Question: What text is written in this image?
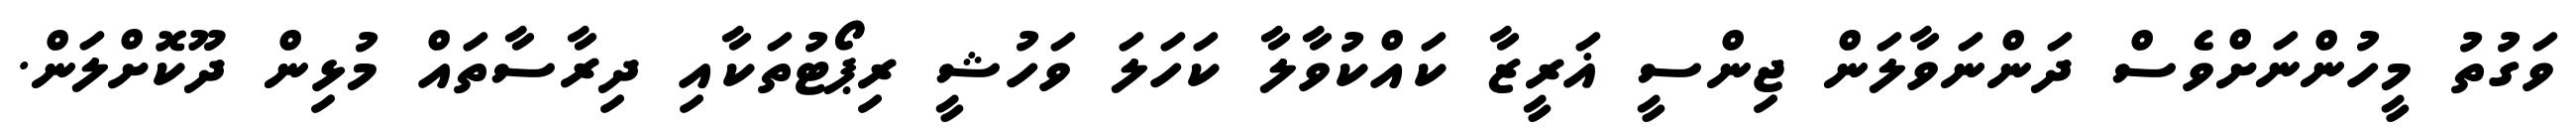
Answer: ވަގުތު މީހުންނަށްވެސް ދަންނަވާލަން ޖިންސީ ޣަރީޒާ ކައްކުވާލާ ކަހަލަ ވަހުޝީ ރިޕޯޓުތަކާއި ދިރާސާތައް މުޅިން ދޫކޮށްލަން.